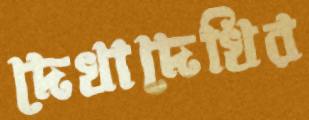
দেখাদেখির